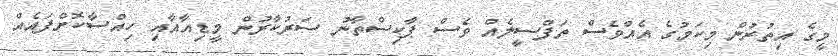
މީގެ އިތުރުން މިކަމުގެ އެއްވެސް ތަފްސީލެއް ވެސް ޕާކިސްތާނު ސަރުކާރުން މީޑިއާއާއި ހިއްސާކޮށްފައެއް